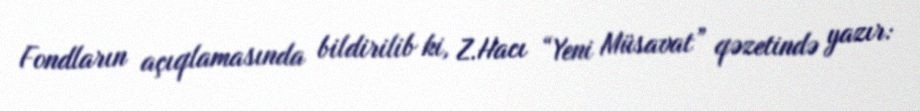
Fondların açıqlamasında bildirilib ki, Z.Hacı “Yeni Müsavat” qəzetində yazır: